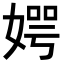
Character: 𪦊